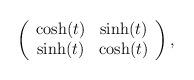
LaTeX: \begin{align*}\left( \begin{array}{cc} \cosh(t) & \sinh(t) \\ \sinh(t) & \cosh(t) \end{array} \right),\end{align*}